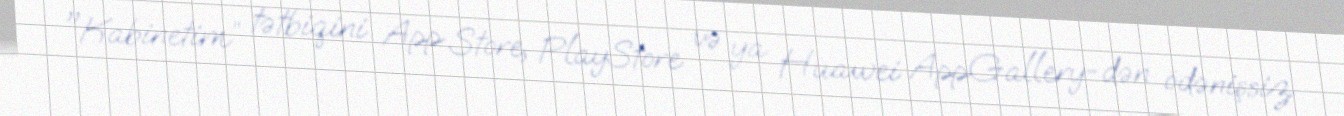
"Kabinetim” tətbiqini App Store, PlayStore və ya Huawei AppGallery-dən ödənişsiz